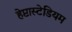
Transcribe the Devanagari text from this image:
हेप्टास्टेडियम